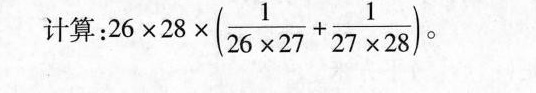
计算：$$2 6 6 \times 2 8 \times ( \frac { 1 } { 2 6 \times 2 7 } + \frac { 1 } { 2 7 \times 2 8 } )$$。